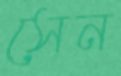
সেন